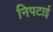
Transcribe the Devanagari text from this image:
निपटाई